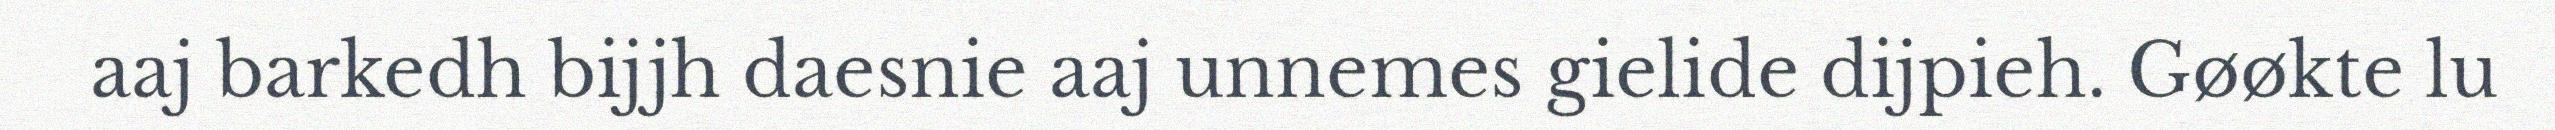
aaj barkedh bijjh daesnie aaj unnemes gielide dijpieh. Gøøkte lu